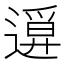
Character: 𨖦